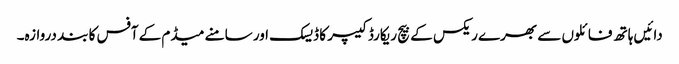
دائیں ہاتھ فائلوں سے بھرے ریکس کے بیچ ریکارڈ کیپر کا ڈیسک اور سامنے میڈم کے آفس کا بند دروازہ۔